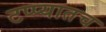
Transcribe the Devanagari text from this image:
टप्प्यातच